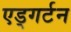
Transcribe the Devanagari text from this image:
एड्गर्टन